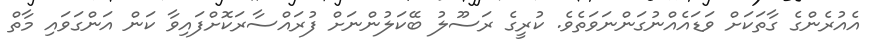
އެއުރެންގެ ގާތަކަށް ވަޑައެއްނުގަންނަވަތެވެ. ކުރީގެ ރަސޫލު ބޭކަލުންނަށް ފުރައްސާރަކޮށްފައިވާ ކަން އަންގަވައި މާތް